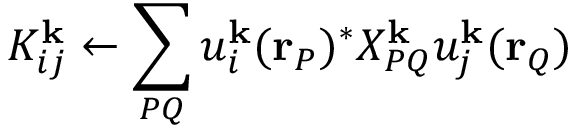
K _ { i j } ^ { \mathbf { k } } \leftarrow \sum _ { P Q } u _ { i } ^ { \mathbf { k } } ( \mathbf { r } _ { P } ) ^ { * } X _ { P Q } ^ { \mathbf { k } } u _ { j } ^ { \mathbf { k } } ( \mathbf { r } _ { Q } )